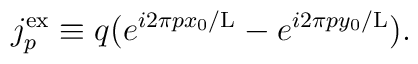
j_p^{\rm ex} \equiv q(e^{i2\pi px_0/{\rm L}} - e^{i2\pi py_0/{\rm L}}).